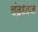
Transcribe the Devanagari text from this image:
चंद्रध्वज